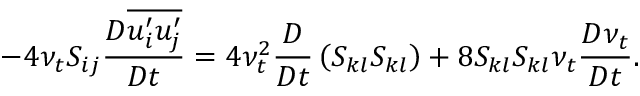
- 4 \nu _ { t } S _ { i j } \frac { D \overline { { u _ { i } ^ { \prime } u _ { j } ^ { \prime } } } } { D t } = 4 \nu _ { t } ^ { 2 } \frac { D } { D t } \left( S _ { k l } S _ { k l } \right) + 8 S _ { k l } S _ { k l } \nu _ { t } \frac { D \nu _ { t } } { D t } .